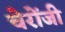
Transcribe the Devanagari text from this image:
चेरोंजी